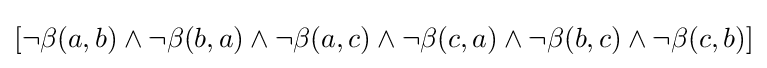
[\lnot \beta (a,b)\land \lnot \beta (b,a)\land \lnot \beta (a,c)\land \lnot \beta (c,a)\land \lnot \beta (b,c)\land \lnot \beta (c,b)]